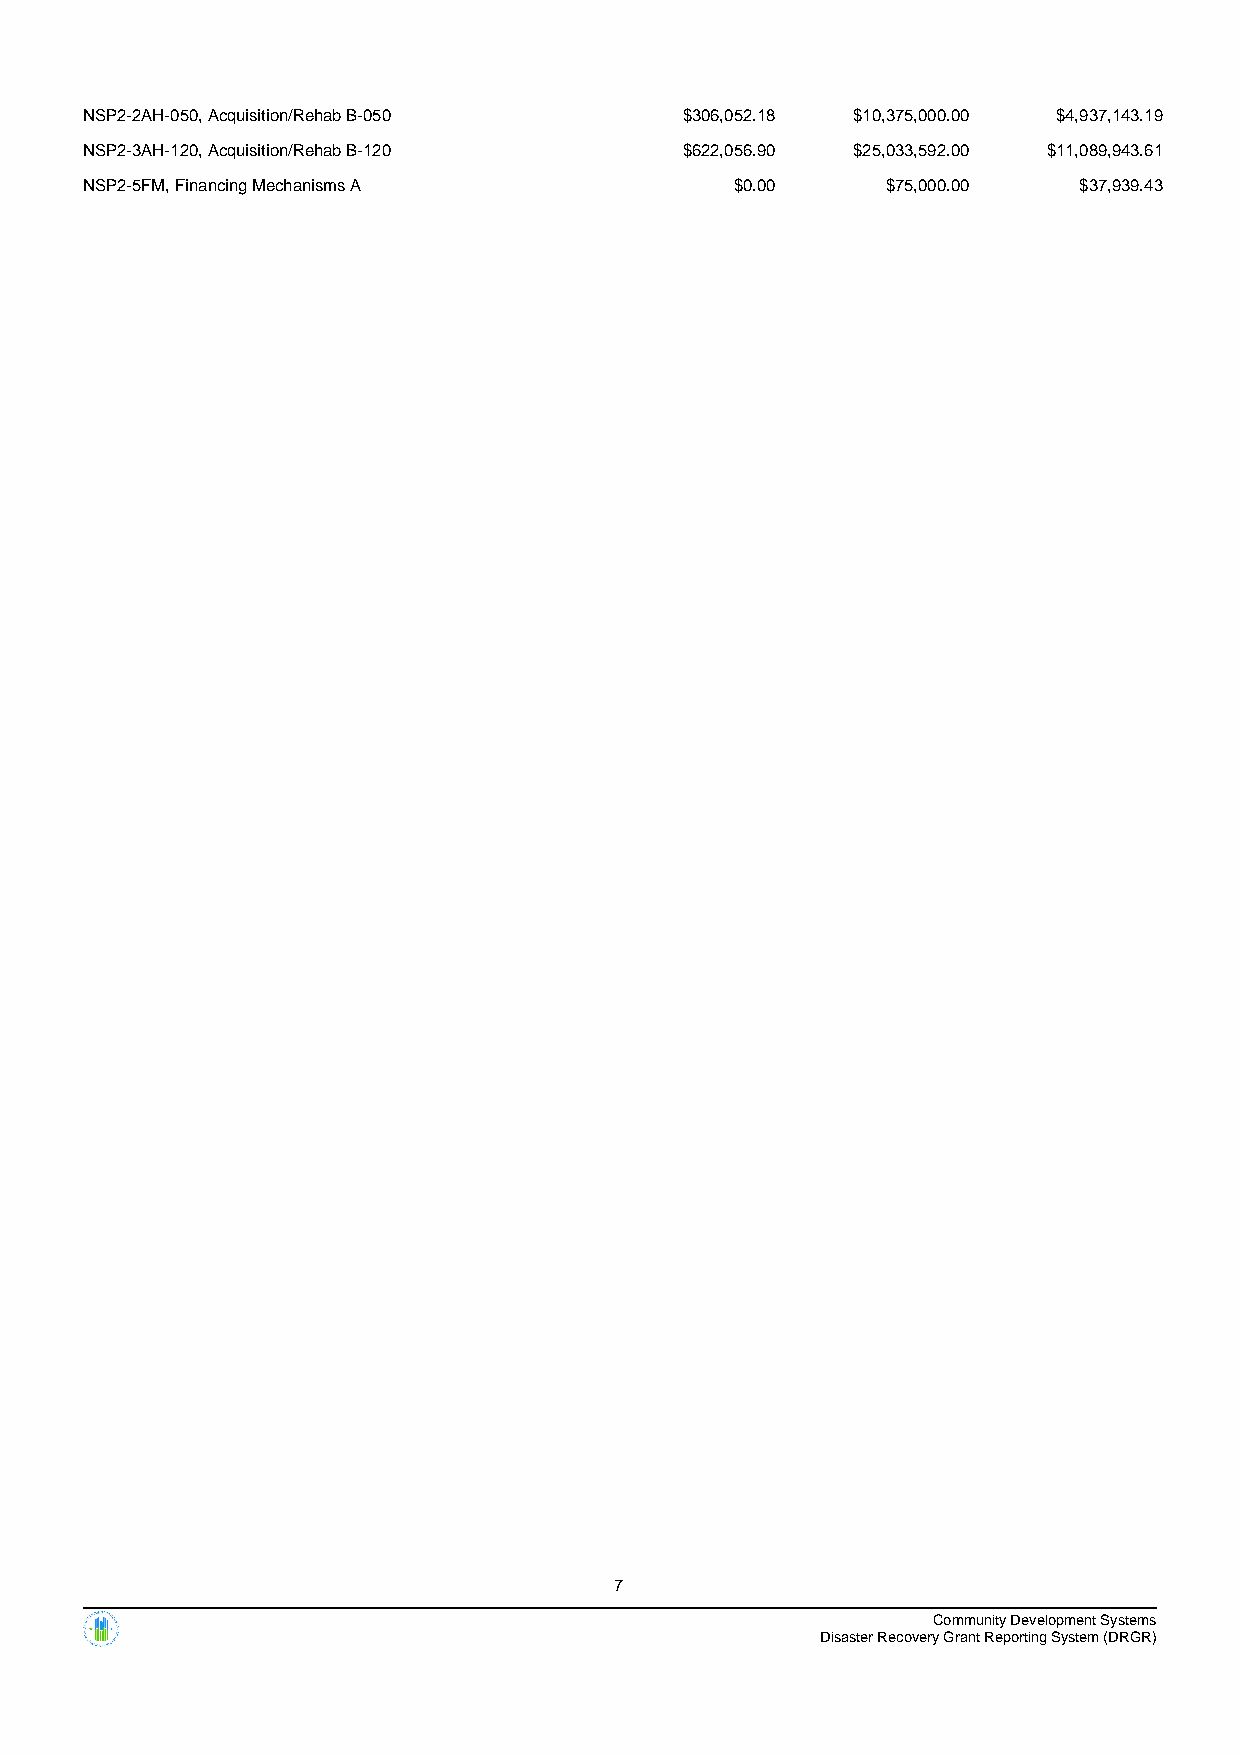
NSP2-2AH-050, Acquisition/Rehab B-050  $306,052.18 $10,375,000.00 $4,937,143.19
 NSP2-3AH-120, Acquisition/Rehab B-120  $622,056.90 $25,033,592.00 $11,089,943.61
 NSP2-5FM, Financing Mechanisms A           $0.00     $75,000.00  $37,939.43
 7
 Community Development Systems
 Disaster Recovery Grant Reporting System (DRGR)